Report of the Imperial Institute of Veterinary Research, Muktesar
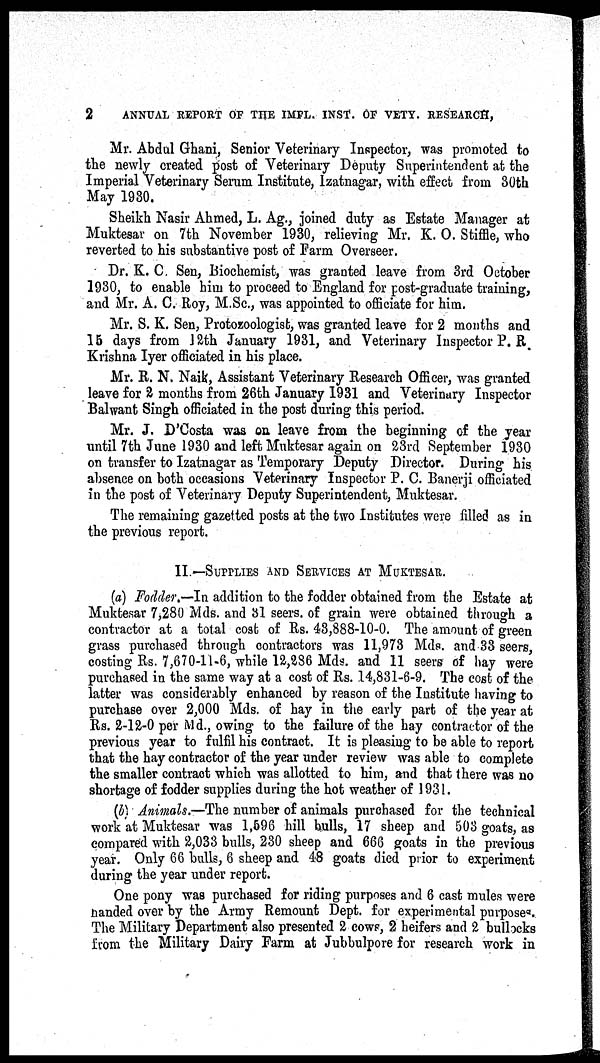
2
ANNUAL REPORT OF THE IMPL. INST. OF VETY. RESEARCH,
Mr. Abdul Ghani, Senior Veterinary Inspector, was promoted to
the newly created post of Veterinary Deputy Superintendent at the
Imperial Veterinary Serum Institute, Izatnagar, with effect from 30th
May 1930.
Sheikh Nasir Ahmed, L. Ag., joined duty as Estate Manager at
Muktesar on 7th November 1930, relieving Mr. K. O. Stiffle, who
reverted to his substantive post of Farm Overseer.
Dr. K. C. Sen, Biochemist, was granted leave from 3rd October
1930, to enable him to proceed to England for post-graduate training,
and Mr. A. C. Roy, M.Sc., was appointed to officiate for him.
Mr. S. K. Sen, Protozoologist, was granted leave for 2 months and
15 days from 12th January 1931, and Veterinary Inspector P. R.
Krishna Iyer officiated in his place.
Mr. R. N. Naik, Assistant Veterinary Research Officer, was granted
leave for 2 months from 26th January 1931 and Veterinary Inspector
Balwant Singh officiated in the post during this period.
Mr. J. D'Costa was on leave from the beginning of the year
until 7th June 1930 and left Muktesar again on 23rd September 1930
on transfer to Izatnagar as Temporary Deputy Director. During his
absence on both occasions Veterinary Inspector P. C. Banerji officiated
in the post of Veterinary Deputy Superintendent, Muktesar.
The remaining gazetted posts at the two Institutes were filled as in
the previous report.
II.—SUPPLIES AND SERVICES AT MUKTESAR.
(a) Fodder.—In addition to the fodder obtained from the Estate at
Muktesar 7,280 Mds. and 31 seers. of grain were obtained through a
contractor at a total cost of Rs. 43,888-10-0. The amount of green
grass purchased through contractors was 11,973 Mds. and 33 seers,
costing Rs. 7,670-11-6, while 12,286 Mds. and 11 seers of hay were
purchased in the same way at a cost of Rs. 14,831-6-9. The cost of the
latter was considerably enhanced by reason of the Institute having to
purchase over 2,000 Mds. of hay in the early part of the year at
Rs. 2-12-0 per Md., owing to the failure of the hay contractor of the
previous year to fulfil his contract. It is pleasing to be able to report
that the hay contractor of the year under review was able to complete
the smaller contract which was allotted to him, and that there was no
shortage of fodder supplies during the hot weather of 1931.
(b) Animals.—The number of animals purchased for the technical
work at Muktesar was 1,596 hill bulls, 17 sheep and 503 goats, as
compared with 2,033 bulls, 230 sheep and 666 goats in the previous
year. Only 66 bulls, 6 sheep and 48 goats died prior to experiment
during the year under report.
One pony was purchased for riding purposes and 6 cast mules were
handed over by the Army Remount Dept. for experimental purposes.
The Military Department also presented 2 COWS, 2 heifers and 2 bullocks
from the Military Dairy Farm at Jubbulpore for research work in